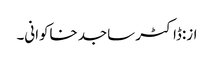
از:ڈاکٹر ساجد خاکوانی۔